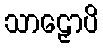
သာဠှောပိ